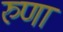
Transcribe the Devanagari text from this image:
रुणा